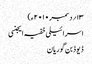
۱۳؍ دسمبر ۲۰۱۰ء)
اسرائیلی خفیہ ایجنسی
ڈیوڈ بن گوریان